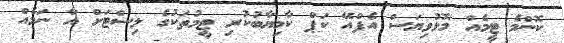
ކޮންމެ ޓީމެއް މޮޅުވިޔަސް އެފްއޭ ކަޕް ކާމިޔާބުކުރި ޓީމުތަކުގެ ލިސްޓަށް އާ ނަމެއް